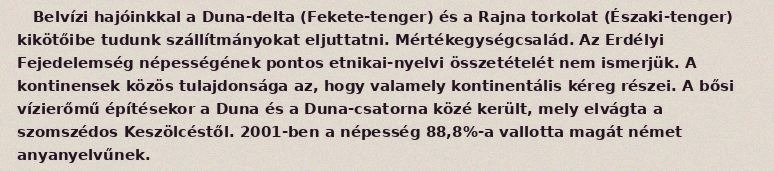
Belvízi hajóinkkal a Duna-delta (Fekete-tenger) és a Rajna torkolat (Északi-tenger) kikötőibe tudunk szállítmányokat eljuttatni. Mértékegységcsalád. Az Erdélyi Fejedelemség népességének pontos etnikai-nyelvi összetételét nem ismerjük. A kontinensek közös tulajdonsága az, hogy valamely kontinentális kéreg részei. A bősi vízierőmű építésekor a Duna és a Duna-csatorna közé került, mely elvágta a szomszédos Keszölcéstől. 2001-ben a népesség 88,8%-a vallotta magát német anyanyelvűnek.